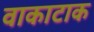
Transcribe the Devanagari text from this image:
वाकाटाक